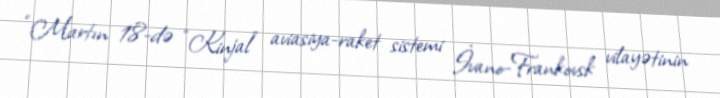
“Martın 18-də “Kinjal” aviasiya-raket sistemi İvano-Frankovsk vilayətinin